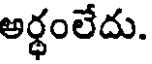
అర్థంలేదు.